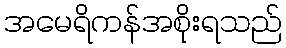
အမေရိကန်အစိုးရသည်